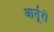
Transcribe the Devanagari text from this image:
आर्तूरो